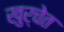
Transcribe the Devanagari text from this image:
खुर्चेत